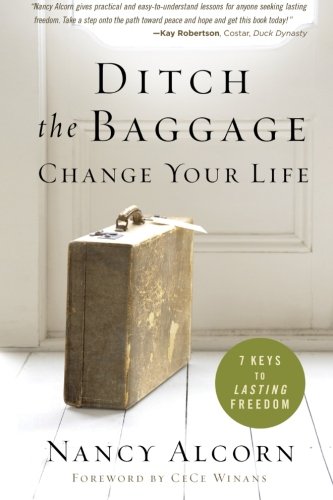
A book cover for Ditch the Baggage, Change Your Life: 7 Keys to Lasting Freedom; Nancy Alcorn; Christian Books & Bibles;